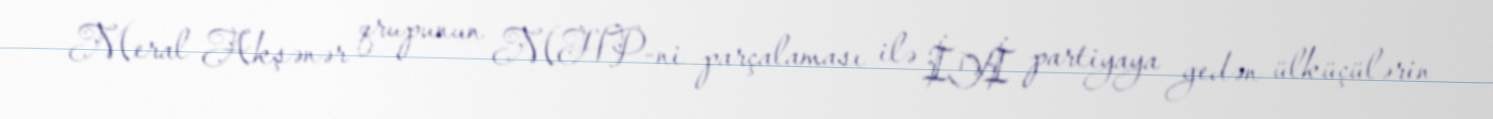
Meral Akşənər qrupunun MHP-ni parçalaması ilə İYİ partiyaya gedən ülküçülərin